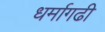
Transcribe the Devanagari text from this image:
धर्मागढी